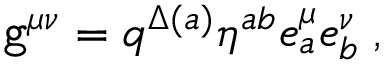
{ \tt g } ^ { \mu \nu } = q ^ { \Delta ( a ) } \eta ^ { a b } e _ { a } ^ { \mu } e _ { b } ^ { \nu } \; ,